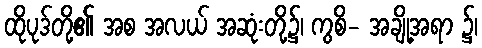
ထိုပုဒ်တို့၏ အစ အလယ် အဆုံးတို့၌၊ ကွစိ- အချို့အရာ ၌၊